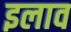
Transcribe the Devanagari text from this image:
इलाव